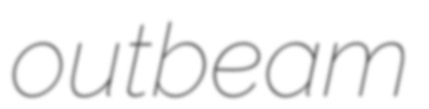
outbeam